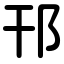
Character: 邗